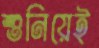
শুনিয়েই